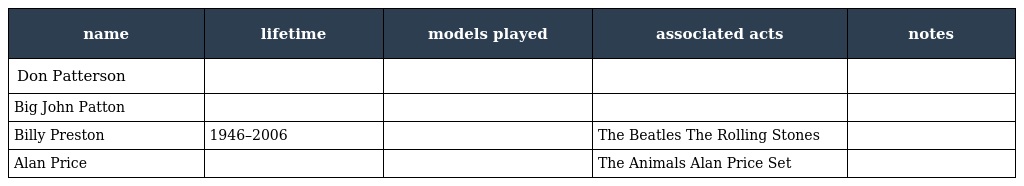
| name | lifetime | models played | associated acts | notes |
 | --- | --- | --- | --- | --- |
 | Don Patterson |  |  |  |  |
 | Big John Patton |  |  |  |  |
 | Billy Preston | 1946–2006 |  | The Beatles The Rolling Stones |  |
 | Alan Price |  |  | The Animals Alan Price Set |  |